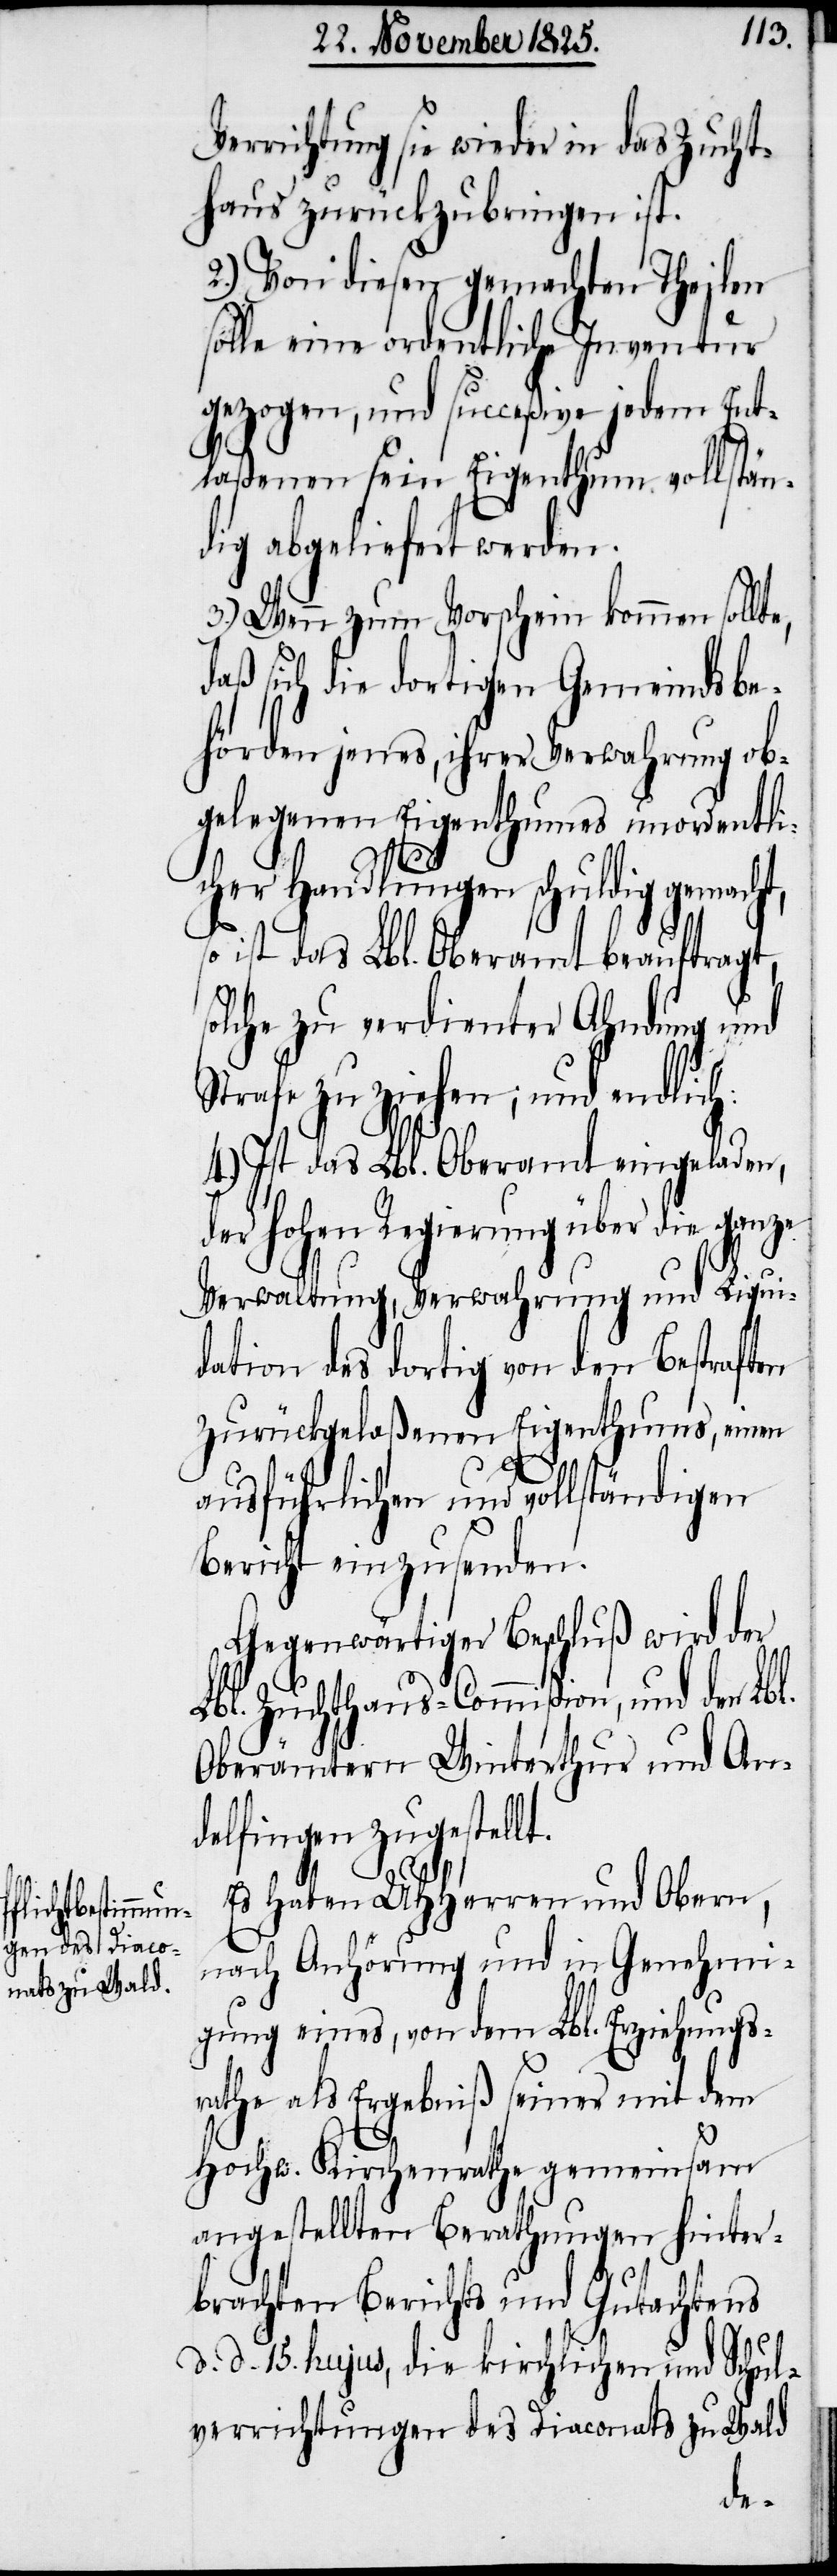
Verrichtung sie wieder in das Zucht¬
haus zurückzubringen ist.
2.) Von diesen gemachten Theilen
solle eine ordentliche Inventur
gezogen, und succeßive jedem Ent¬
laßenen sein Eigenthum vollstän¬
dig abgeliefert werden.
3.) Wenn zum Vorschein kommen sollte,
daß sich die dortigen Gemeindsbe¬
hörden jenes, ihrer Verwahrung ob¬
gelegenen Eigenthums unordentli¬
cher Handlungen schuldig gemacht,
so ist das Lbl. Oberamt beauftragt,
solche zu verdienter Ahndung und
Strafe zu ziehen; und endlich:
4.) Ist das Lbl. Oberamt eingeladen,
der hohen Regierung über die
Verwaltung, Verwahrung und Liqui¬
dation des dortig von den Bestraften
zurückgelaßenen Eigenthums, einen
ausführlichen und vollständigen
Bericht einzusenden.
Gegenwärtiger Beschluß wird der
Lbl. Zuchthaus-Commißion, und den Lbl.
Oberämtern Winterthur und An¬
delfingen zugestellt.
Es haben UHHerren und Obern,
nach Anhörung und in Genehmi¬
gung eines, von dem Lbl. Erziehungs¬
rathe als Ergebniß seiner mit dem
Hochw. Kirchenrathe gemeinsam
angestellten Berathungen hinter¬
brachten Berichts und Gutachtens
d. d. 15. hujus die kirchlichen und Schul¬
verrichtungen des Diaconats zu Wald